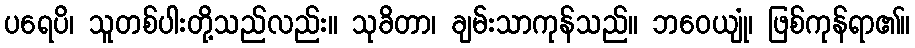
ပရေပိ၊ သူတစ်ပါးတို့သည်လည်း။ သုခိတာ၊ ချမ်းသာကုန်သည်။ ဘဝေယျုံ၊ ဖြစ်ကုန်ရာ၏။